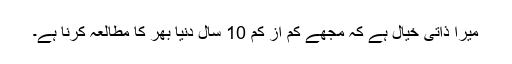
میرا ذاتی خیال ہے کہ مجھے کم از کم 10 سال دنیا بھر کا مطالعہ کرنا ہے۔